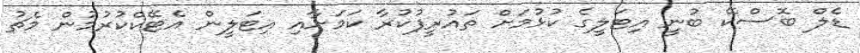
ޑެލް ބޮސްކޭ ބުނީ އިޓަލީގެ ކުޅުމަށް ތައުރީފުކުރާ ކަމަށާއި އިޓަލީން އެޓޭކްކުރުމުން މެޗު